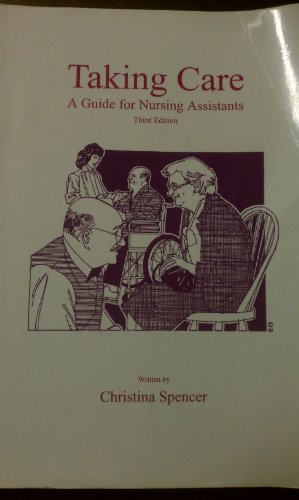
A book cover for Taking Care, A Guide for Nursing Assistants; Christina Spencer; Medical Books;